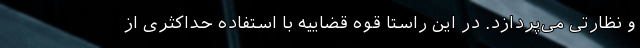
و نظارتی می‌پردازد. در این راستا قوه قضاییه با استفاده حداکثری از